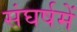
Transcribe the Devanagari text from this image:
संघर्षमें